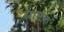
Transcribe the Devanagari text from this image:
ग्रामक